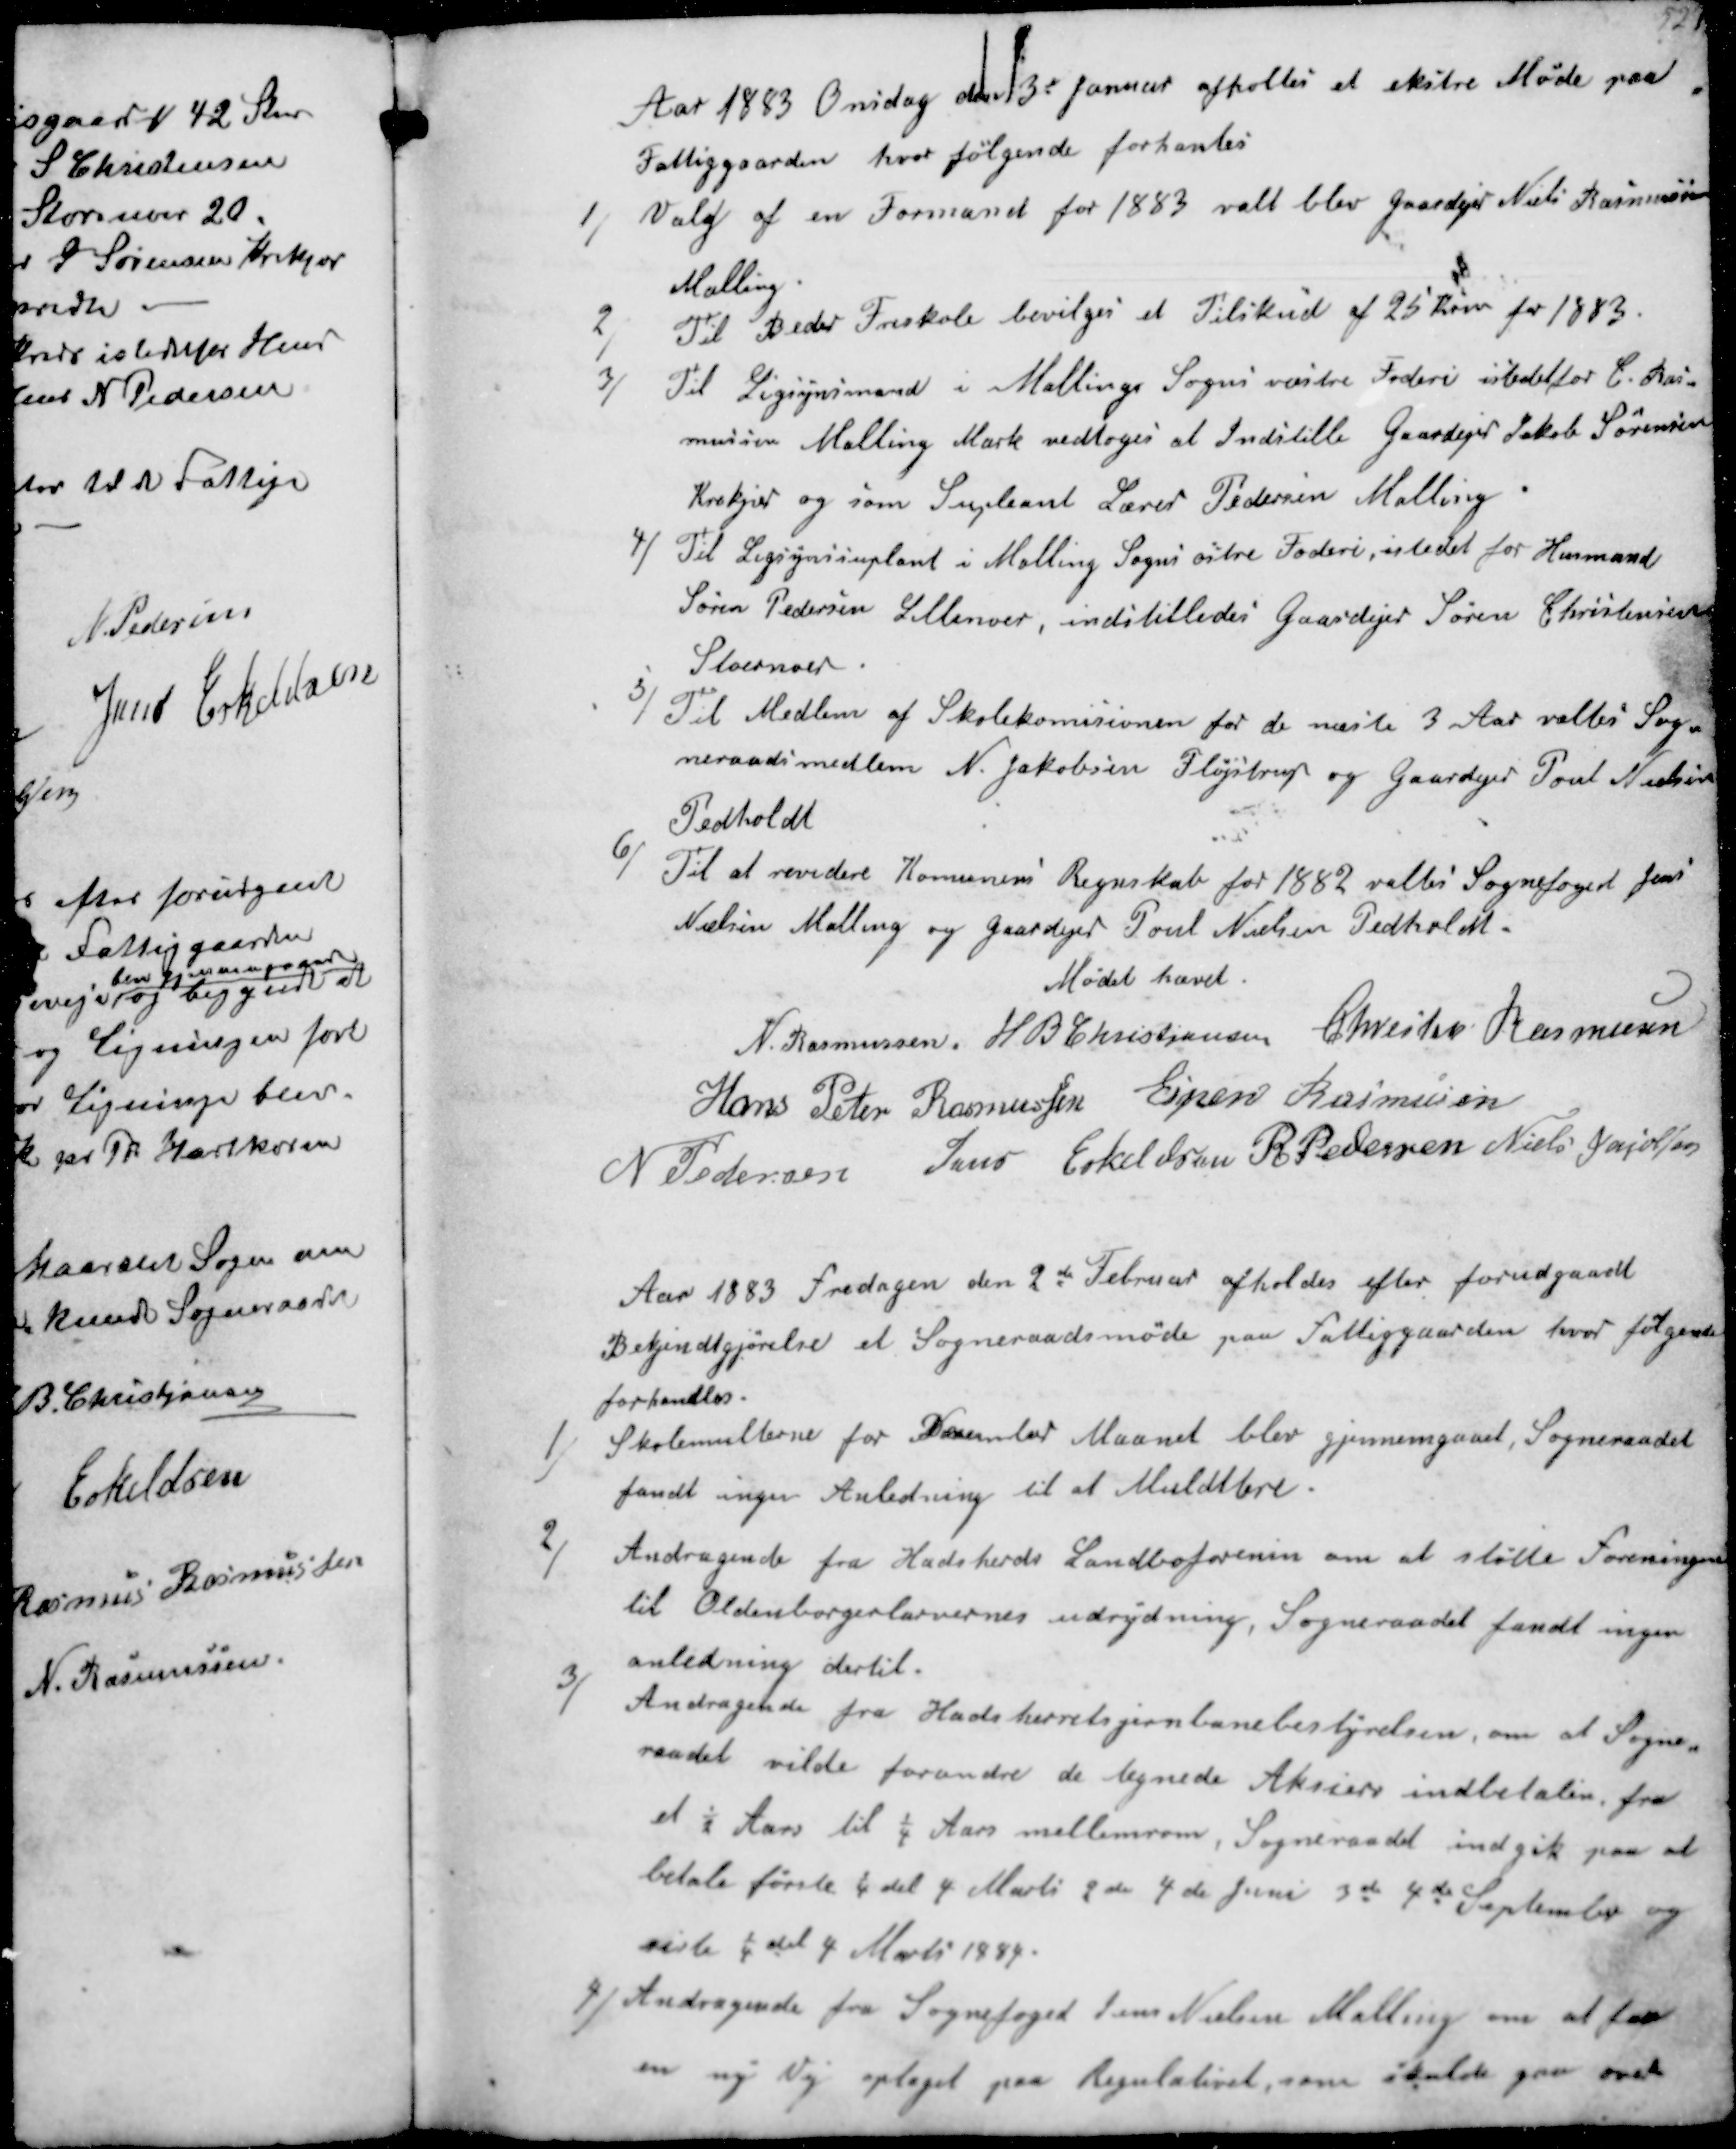
Transskription:
Aar 1883 Onsdag den 3' Januar afholdes et ekstre Møde paa
Fattiggaarden hvor følgende forhandles
1/
Valg af en Formand for 1883 valt blev gaardejer Niels Rasmussen
Malling
2/
Til Beder Friskole bevilges et Tilskud af 25 Kr for 1883.
3/ 
Til Ligsynsmand i Malling Sogn vestre Foderi istedetfor C. Ras
mussen Malling Mark vedtoges at Indstille Gaardejer Jakob Sørensen
Krekjær og som Supleant Lærer Pedersen Malling.
4/
Til Ligsynssuplant i Malling Sogns østre Foderi, istedet for Husmand
Søren Pedersen Lillenoer, indstilledes gaardejer Søren Christensen
Storenoer.
5/
Til Medlem af Skolekomisionen for de næste 3 Aar valtes Sog-
neraadsmedlem N. Jakobsen Fløjstrup og gaardejer Poul Nielsen
Pedholdt
6/
Til at revidere Kommunens Regnskab for 1882 valtes Sognefoged Jens
Nielsen Malling og gaardejer Poul Nielsen Pedholdt.
Mødet hævet.
N. Rasmussen
H B Christjansen
Christen Rasmussen
Hans Peter Rasmussen
Ejner Rasmussen
N. Pedersen
Jens Eskildsen
R Pedersen
Niels Jakobsen

Aar 1883 fredagen den 2de Februar afholdes efter forudgaaet
Bekjendtgjørelse et Sogneraadsmøde paa Fattiggaarden hvor følgende
forhandles.
1/
Skolemulterne for December Maaned blev gjennemgaaet, Sogneraadet
fandt ingen Anledning til at Muldttere.
2/
Andragende fra Hads herds Landboforenin om at støtte foreningen
til Oldenborgerlarvernes udrydning, Sogneraadet fandt ingen
anledning dertil.
3/
Andragende fra Hads herreds jernbanebestyrelsen, om at Sogne-
raadet vilde forandre de tegnede Aktiers indbetalin fra
et ½ Aars til 1/4 Aars mellemrum, Sogneraadet indgik paa at
betale første 1/4 del 4 Marts 2de 4de Juni 3de 4 de September og
siste 1/4 del 4 Marts 1884.
4/
Andragende fra Sognefoged Jens Nielsen Malling om at faa
en ny Vej optaget paa Regulativet, som skulde gaa over